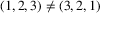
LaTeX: ( 1 , 2 , 3 ) \neq ( 3 , 2 , 1 )